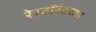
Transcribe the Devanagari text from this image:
रेस्टॉरंटच्या